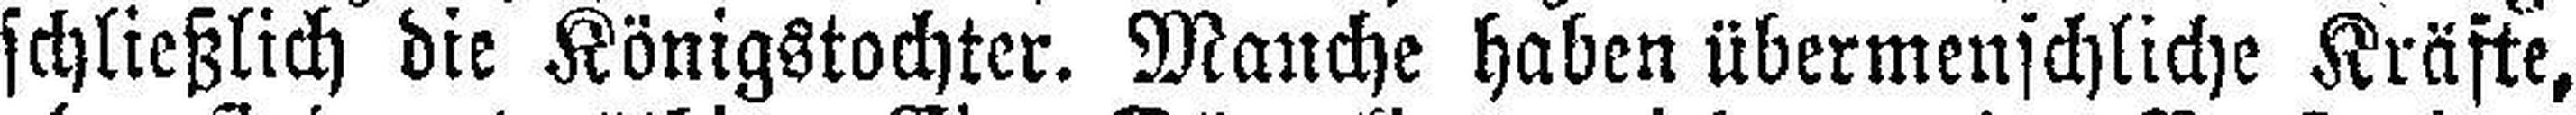
schließlich die Königstochter. Manche haben übermenschliche Kräfte,